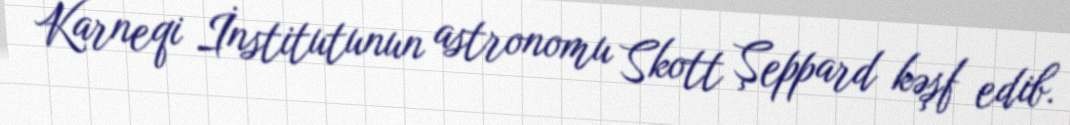
Karneqi İnstitutunun astronomu Skott Şeppard kəşf edib.